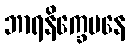
ဘာရနိက္ခေပနေ